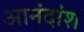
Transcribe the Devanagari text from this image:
आनंदांश